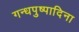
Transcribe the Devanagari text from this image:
गन्धपुष्पादिना